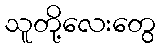
သူတို့လေးတွေ